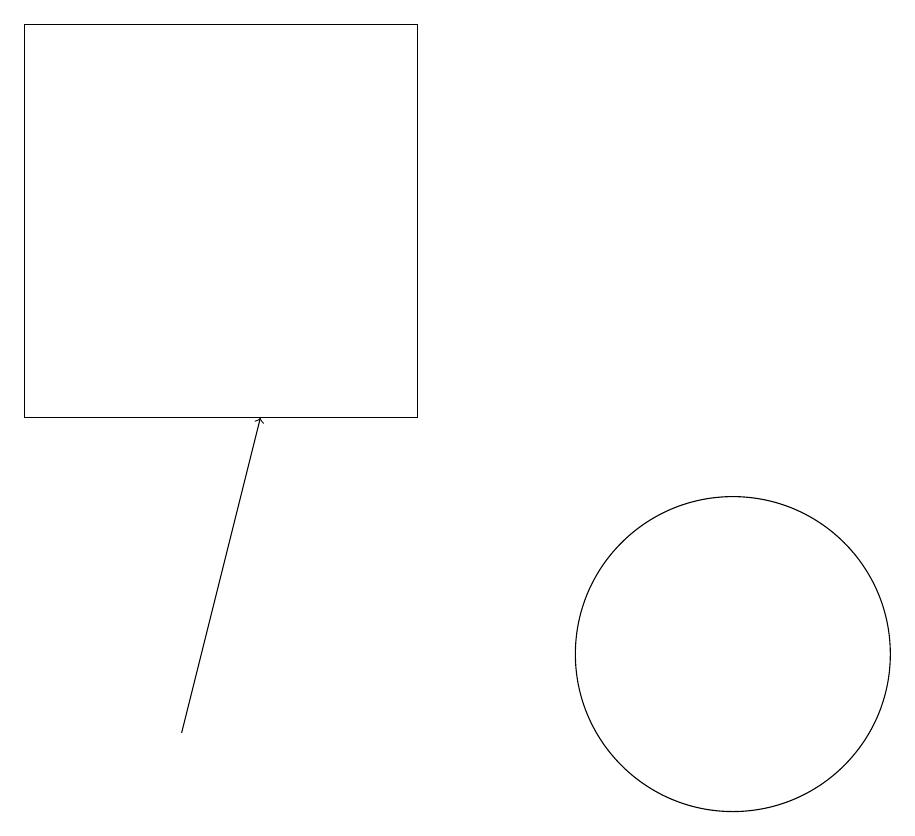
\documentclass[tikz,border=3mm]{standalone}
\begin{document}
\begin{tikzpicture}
\draw (7,14) rectangle (2,19);
\draw[->] (4,10) -- (5,14);
\draw (11,11) circle (2);
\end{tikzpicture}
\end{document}